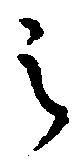
之